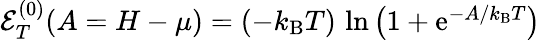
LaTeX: \begin{array}{r}{\mathcal E_{T}^{(0)}(A=H-\mu)=(-k_{\mathrm{B}}T)\, \ln{\left(1+\mathrm{e}^{-A/k_{\mathrm{B}}T}\right)}}\end{array}